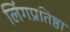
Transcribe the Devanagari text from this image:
लिंगप्रतिष्ठा